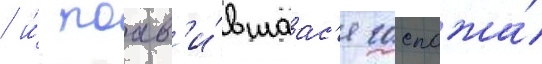
/ и́ поав'и́вшаас'я госпожа́